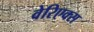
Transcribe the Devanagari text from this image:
वेरिएक्स